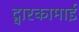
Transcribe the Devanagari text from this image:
द्वारकामाई